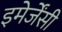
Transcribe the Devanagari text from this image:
इमेर्जेंसी